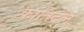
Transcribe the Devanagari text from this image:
क्रांतिदल